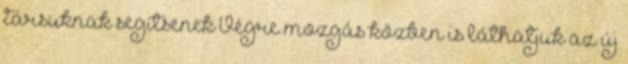
társuknak segítsenek Végre mozgás közben is láthatjuk az új